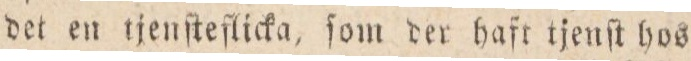
det en tjenſteflicka, ſom der haft tjenſt hos